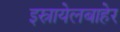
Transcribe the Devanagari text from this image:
इस्रायेलबाहेर